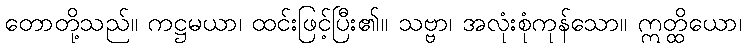
တောတို့သည်။ ကဋ္ဌမယာ၊ ထင်းဖြင့်ပြီး၏။ သဗ္ဗာ၊ အလုံးစုံကုန်သော။ ဣတ္ထိယော၊